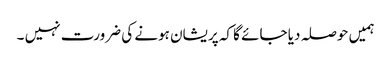
ہمیں حوصلہ دیا جائے گا کہ پریشان ہونے کی ضرورت نہیں ۔